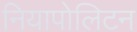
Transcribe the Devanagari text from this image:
नियापोलिटन